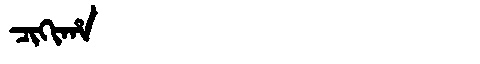
Manchu: ᠴᡳᡴᡳᡥᠠ
Romanization: CIKIHA